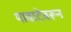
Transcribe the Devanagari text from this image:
यावाटेवरून